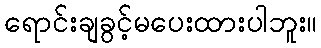
ရောင်းချခွင့်မပေးထားပါဘူး။